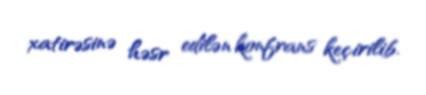
xatirəsinə həsr edilən konfrans keçirilib.